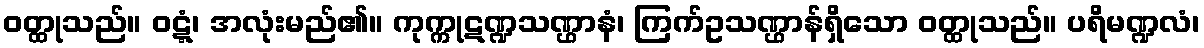
ဝတ္ထုသည်။ ဝဋ္ဋံ၊ အလုံးမည်၏။ ကုက္ကုဋဏ္ဍသဏ္ဌာနံ၊ ကြက်ဥသဏ္ဌာန်ရှိသော ဝတ္ထုသည်။ ပရိမဏ္ဍလံ၊